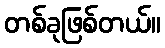
တစ်ခုဖြစ်တယ်။